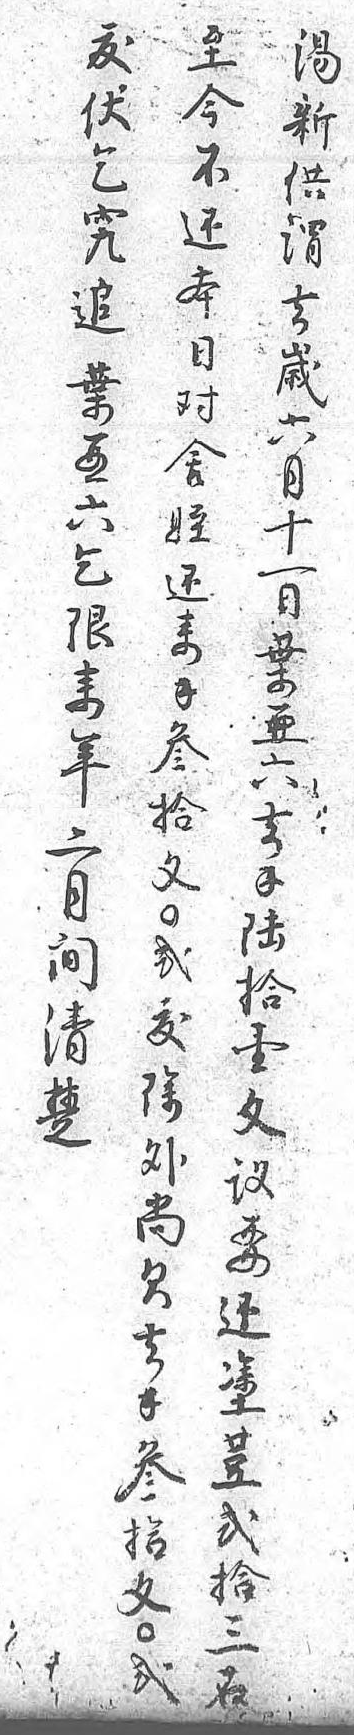
至湯鈸今新伏不供乞還謂究本去追日歲葉對六亞舍月六侄十乞還一限來日來錢葉年叁亞二拾六月文去間貳錢清鈸陸楚除拾 外壹 尚文 欠議 去要 錢還 叁塗 拾豆 文貳 貳拾  三  石